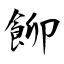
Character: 飹